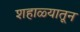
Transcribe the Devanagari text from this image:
शहाळ्यातून